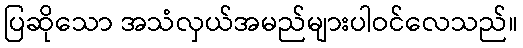
ပြဆိုသော အသံလှယ်အမည်များပါဝင်လေသည်။